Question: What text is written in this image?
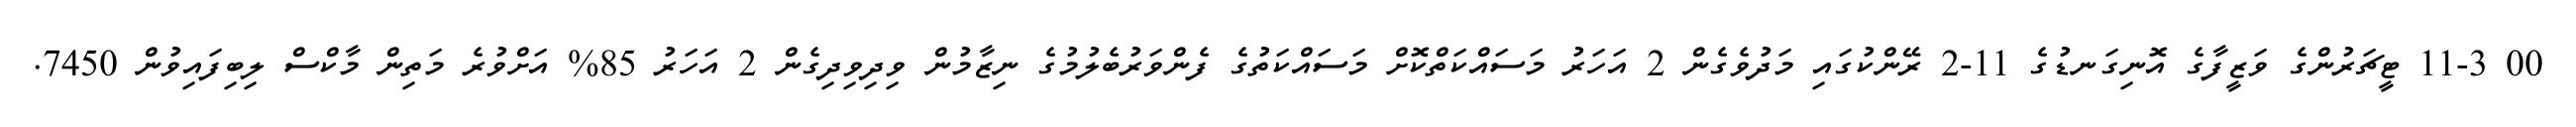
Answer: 00 11-3 ޓީޗަރުންގެ ވަޒީފާގެ އޮނިގަނޑުގެ 11-2 ރޭންކުގައި މަދުވެގެން 2 އަހަރު މަސައްކަތްކޮށް މަސައްކަތުގެ ފެންވަރުބެލުމުގެ ނިޒާމުން ވިދިވިދިގެން 2 އަހަރު 85% އަށްވުރެ މަތިން މާކްސް ލިބިފައިވުން 7450.